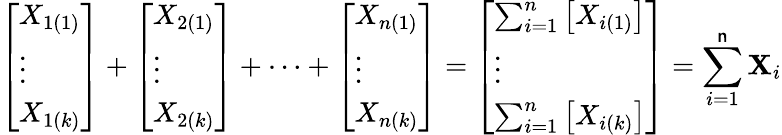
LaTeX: {\left[\begin{array}{l}{X_{1(1)}}\\ {\vdots}\\ {X_{1(k)}}\end{array}\right]}+{\left[\begin{array}{l}{X_{2(1)}}\\ {\vdots}\\ {X_{2(k)}}\end{array}\right]}+\cdots+{\left[\begin{array}{l}{X_{n(1)}}\\ {\vdots}\\ {X_{n(k)}}\end{array}\right]}={\left[\begin{array}{l}{\sum_{i=1}^{n}\left[X_{i(1)}\right]}\\ {\vdots}\\ {\sum_{i=1}^{n}\left[X_{i(k)}\right]}\end{array}\right]}=\sum_{i=1}^{\mathsf{n}}\mathbf{{X}}_{i}